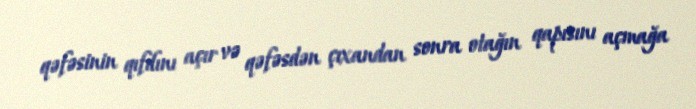
qəfəsinin qıfılını açır və qəfəsdən çıxandan sonra otağın qapısını açmağa